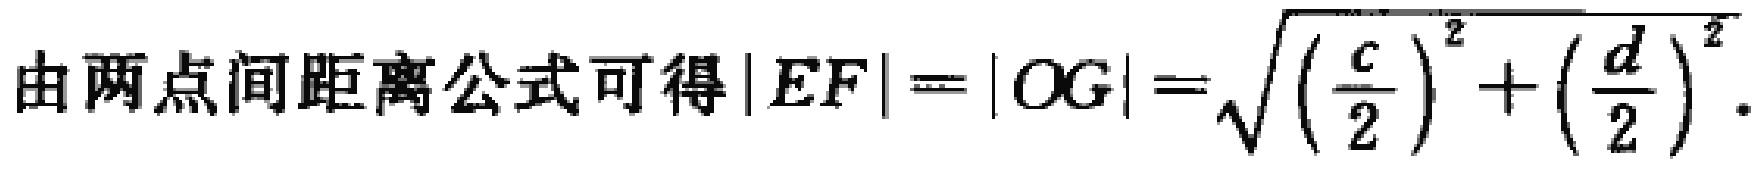
由两点间距离公式可得\(|EF| = |OG| = \sqrt{\left(\frac{c}{2}\right)^2 + \left(\frac{d}{2}\right)^2}\)。